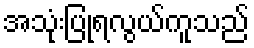
အသုံးပြုရလွယ်ကူသည်